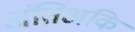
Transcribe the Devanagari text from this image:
अंतिअकि